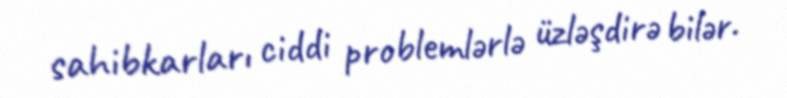
sahibkarları ciddi problemlərlə üzləşdirə bilər.